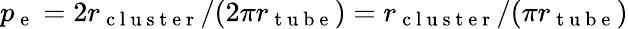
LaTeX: p_{\mathrm{~e~}}=2r_{\mathrm{~c~l~u~s~t~e~r~}}/(2\pi r_{\mathrm{~t~u~b~e~}})=r_{\mathrm{~c~l~u~s~t~e~r~}}/(\pi r_{\mathrm{~t~u~b~e~}})